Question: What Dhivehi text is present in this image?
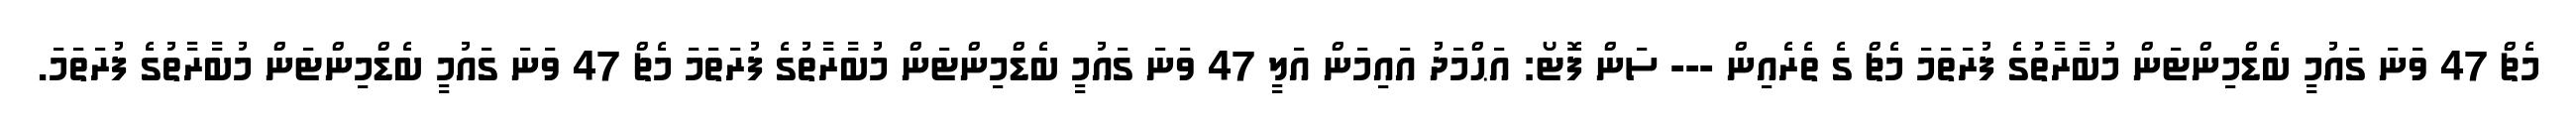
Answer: މެޗް 47 ވަނަ ގައުމީ ބެޑްމިންޓަން މުބާރާތުގެ ފުރަތަމަ މެޗް ގެ ތެރެއިން --- ސަން ފޮޓޯ: އަޙްމަދު އައިމަން އަލީ 47 ވަނަ ގައުމީ ބެޑްމިންޓަން މުބާރާތުގެ ފުރަތަމަ މެޗް 47 ވަނަ ގައުމީ ބެޑްމިންޓަން މުބާރާތުގެ ފުރަތަމަ.